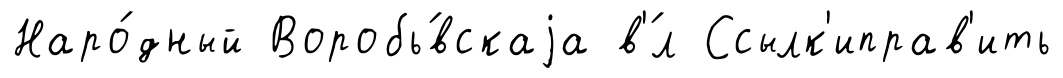
Наро́дный Воробь́вскаjа в'́л Ссылк'иправ'ить